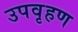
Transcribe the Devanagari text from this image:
उपवृहण